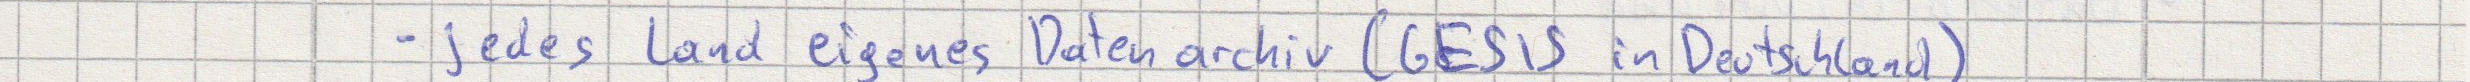
- jedes Land eigenes Datenarchiv (GESIS in Deutschland)